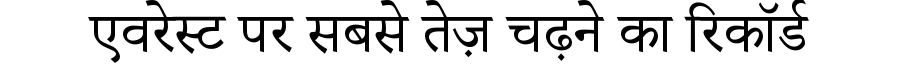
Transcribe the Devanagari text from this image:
एवरेस्ट पर सबसे तेज़ चढ़ने का रिकॉर्ड